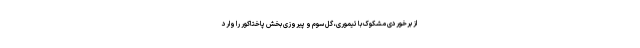
از برخوردی مشکوک با تیموری، گل سوم و پیروزی بخش پاختاکور را وارد